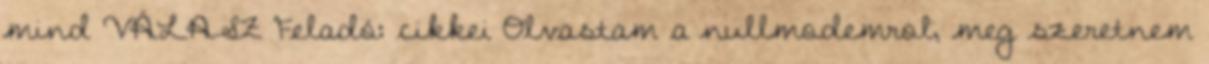
mind VÁLASZ Feladó: cikkei Olvastam a nullmodemrol, meg szeretnem